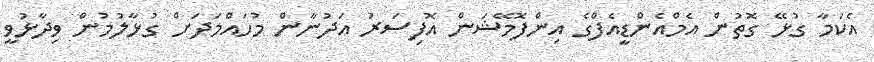
އެކަމާ ގުޅޭ ގޮތުން އެމްއެންޑީއެފްގެ އިންފޮމޭޝަން އޮފިސަރު އަދުނާން މުހައްމަދަށް ގުޅާލުމުން ވިދާޅުވީ